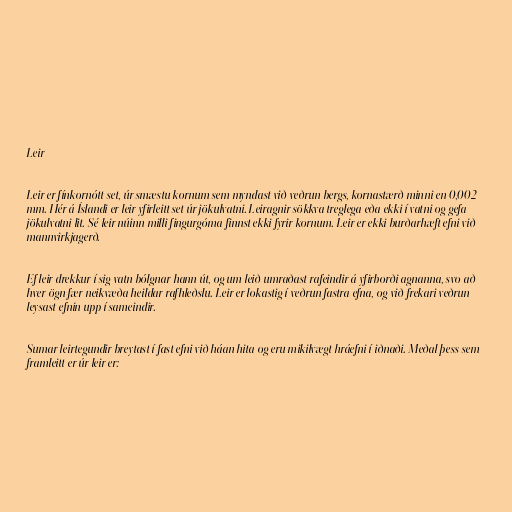
Leir

Leir er fínkornótt set, úr smæstu kornum sem myndast við veðrun bergs, kornastærð minni en 0,002
mm. Hér á Íslandi er leir yfirleitt set úr jökulvatni. Leiragnir sökkva treglega eða ekki í vatni og gefa
jökulvatni lit. Sé leir núinn milli fingurgóma finnst ekki fyrir kornum. Leir er ekki burðarhæft efni við
mannvirkjagerð.

Ef leir drekkur í sig vatn bólgnar hann út, og um leið umraðast rafeindir á yfirborði agnanna, svo að
hver ögn fær neikvæða heildar rafhleðslu. Leir er lokastig í veðrun fastra efna, og við frekari veðrun
leysast efnin upp í sameindir.

Sumar leirtegundir breytast í fast efni við háan hita og eru mikilvægt hráefni í iðnaði. Meðal þess sem
framleitt er úr leir er: